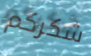
شكركم